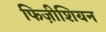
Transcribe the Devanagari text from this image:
फिज़ीशियन